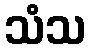
သံသ